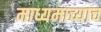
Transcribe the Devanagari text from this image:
माध्यमाच्याच